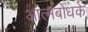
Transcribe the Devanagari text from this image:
आत्मबोधके